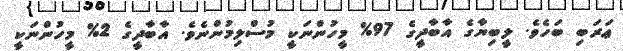
ޢަރަބި ބަހެވެ. ލީބިޔާގެ އާބާދީގެ 97% މީހުންނަކީ މުސްލިމުންނެވެ. އާބާދީގެ 2% މީހުންނަކީ